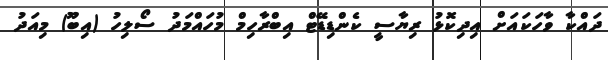
ދައްކާ ވާހަކައަށް އިދިކޮޅު ރިޔާސީ ކެންޑިޑޭޓް އިބްރާހިމް މުހައްމަދު ސޯލިހު (އިބޫ) މިއަދު